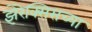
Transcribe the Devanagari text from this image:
झेरेक्सिसच्या